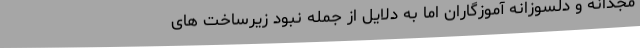
مجدانه و دلسوزانه آموزگاران اما به دلایل از جمله نبود زیرساخت های